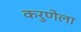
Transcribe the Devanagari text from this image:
करुणेला